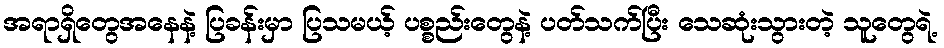
အရာရှိတွေအနေနဲ့ ပြခန်းမှာ ပြသမယ့် ပစ္စည်းတွေနဲ့ ပတ်သက်ပြီး သေဆုံးသွားတဲ့ သူတွေရဲ့